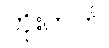
တိုးတက်